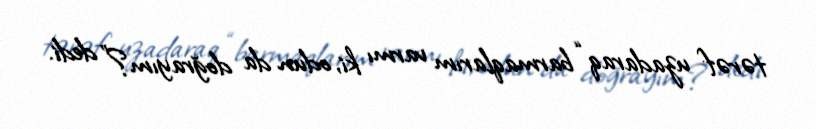
tərəf uzadaraq “barmaqlarım varmı ki, odun da doğrayım?” dedi.